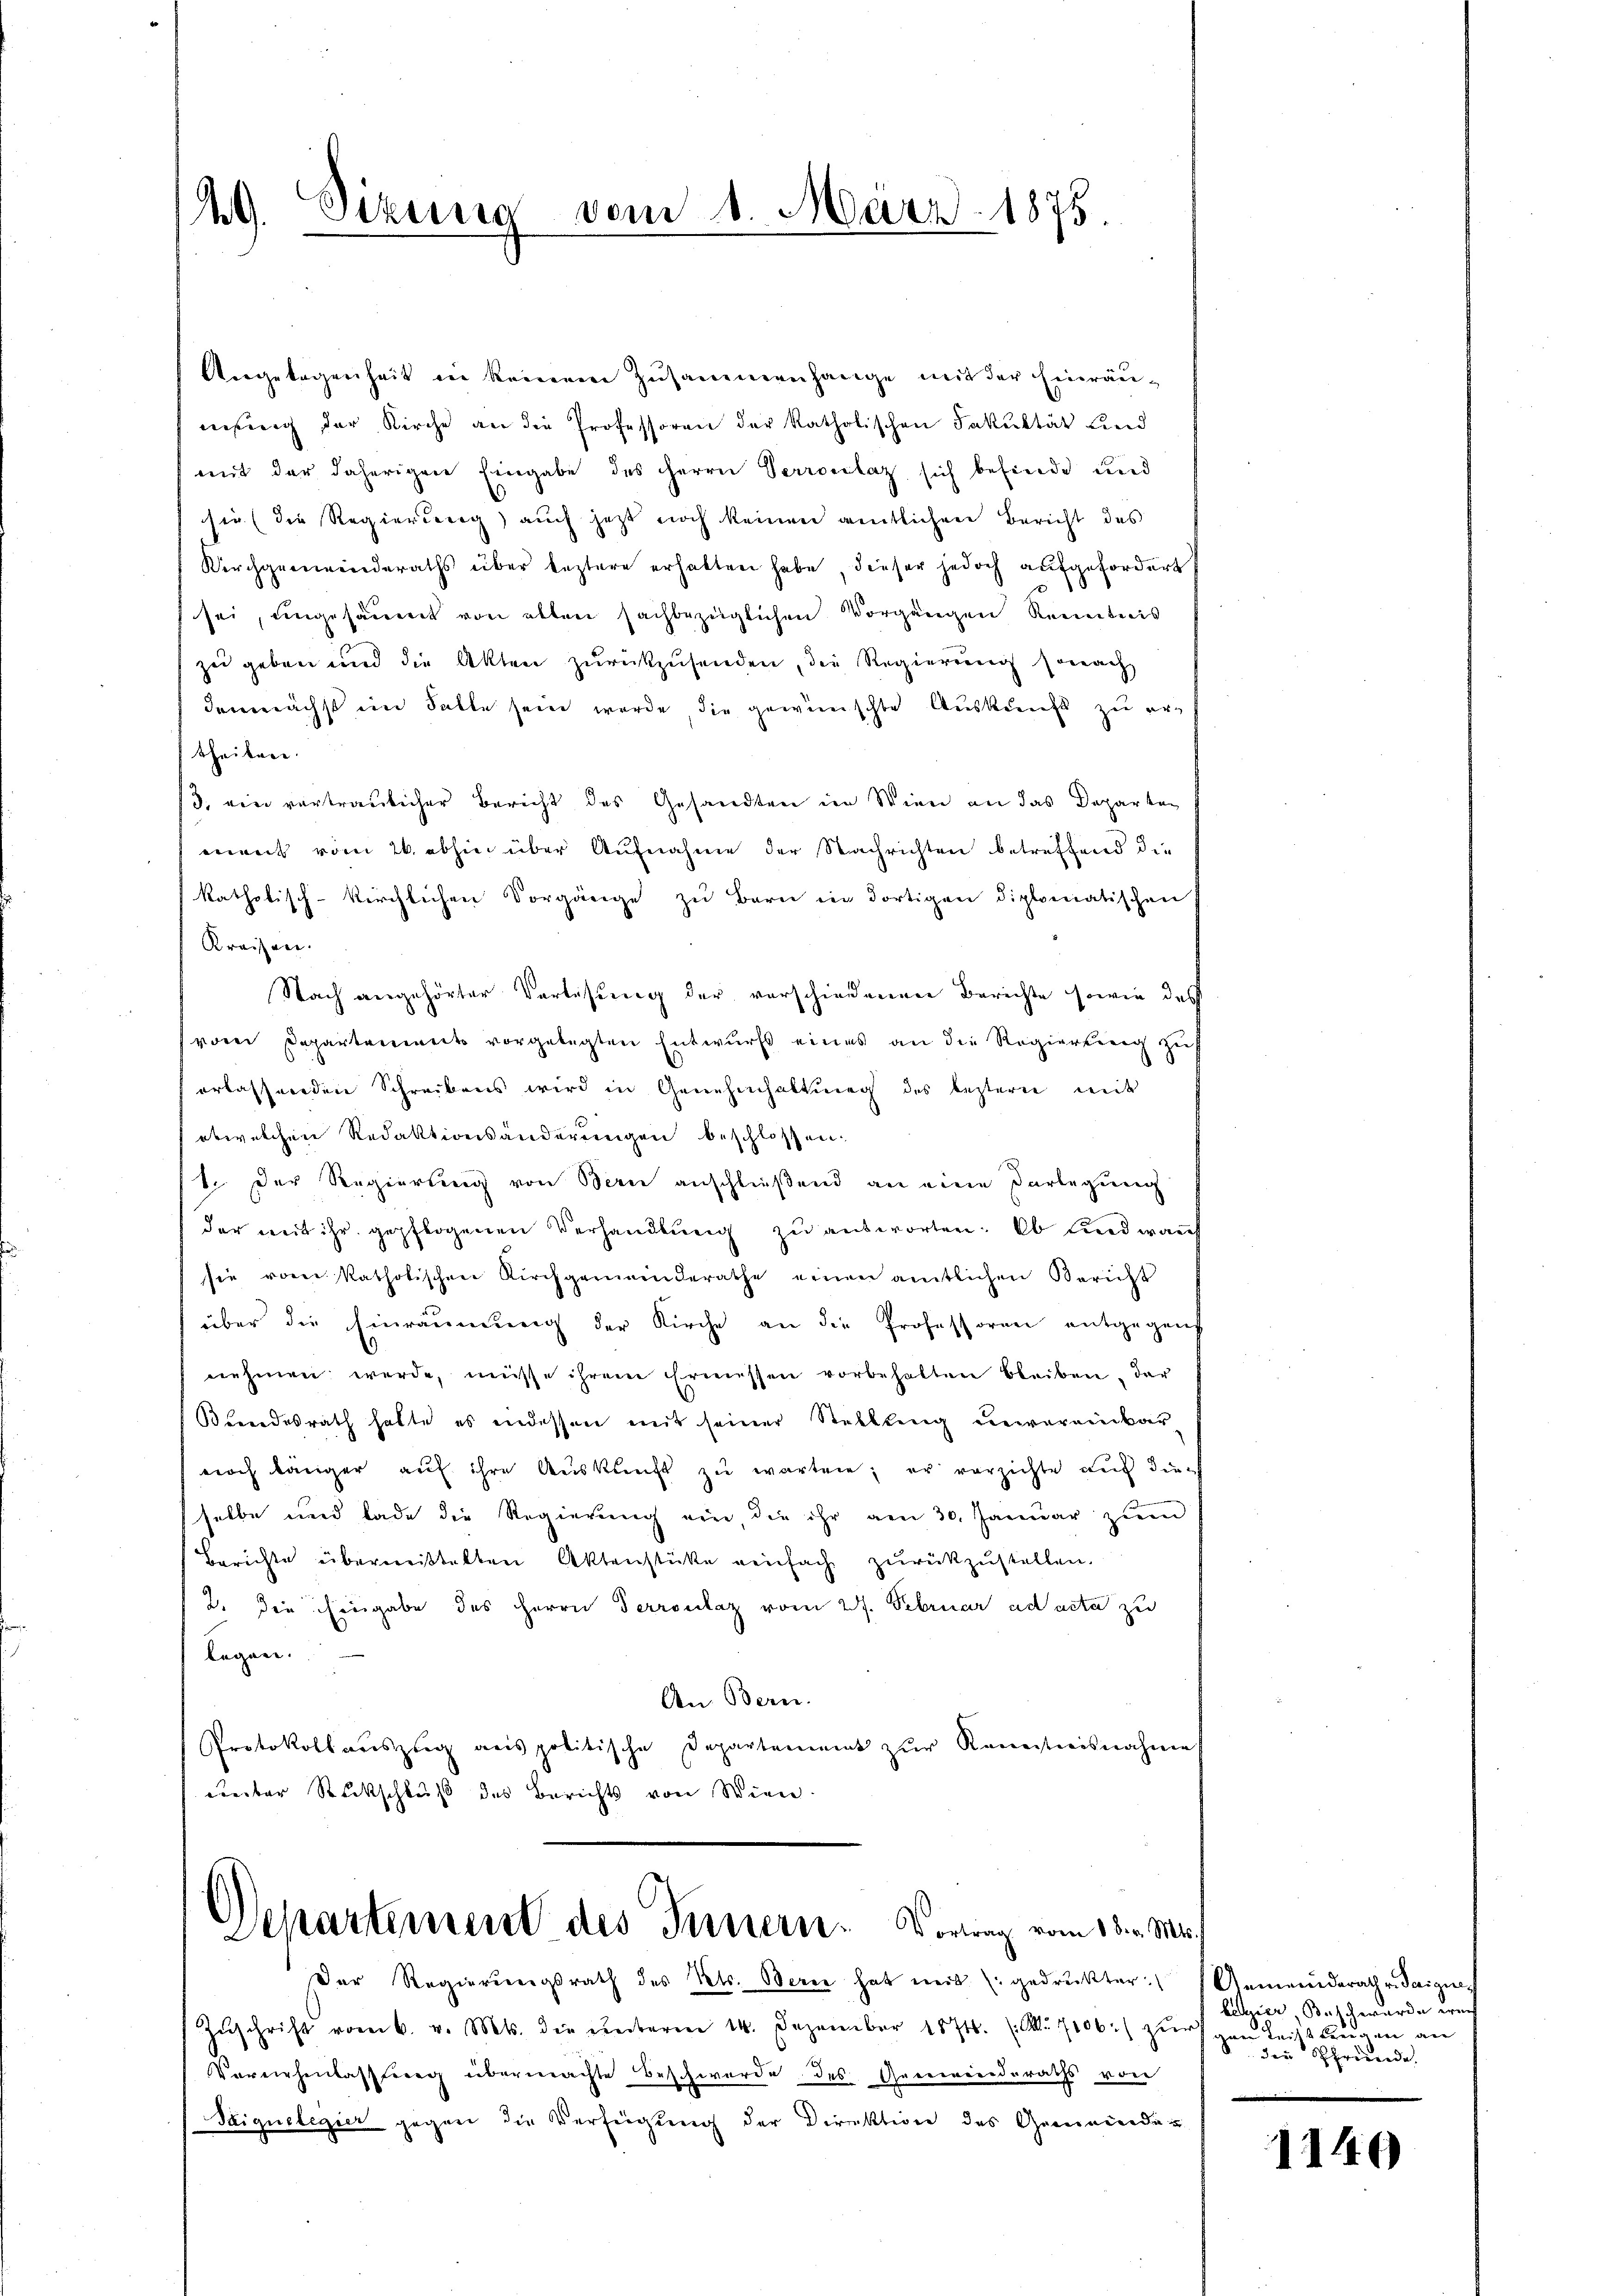
49. Sizung vom 1. März 1875.

Angelegenheit in keinem Zusammenhange mit der Einräŭ-
nisung der Kirche an die Professoren der katholischen Fakultät Led
mit der daherigen Eingabe des HHerrn Perroclaz sich befinde und
sie (die Regierung auch jetzt noch keinen amtlichen Bericht des
Kirchgemeinderaths über leztere erhalten habe, dieser jedoch aufgefordert
sei, ungesäumt von allen sachbezüglichen Vorgängen kenntnis
zu geben und die Akten zurückzusenden, die Regierung sonach
demnächst im Falle sein werde, die gewünschte Auskunft zu er
theilen.
/3. ein vertraulicher Bericht des Gesandten in Wien an das Departen
ment vom 26. abhin über Aufnahme der Nachrichten betreffend die
katholisch-kirchlichen Vorgänge zu Bern in dortigen diplomatischen
Kreisen.
Nach angehörter Verlesung der verschiedenen Berichte sowie das
voren Departenwert vorgelegten Entwurfs eines an die Regierteig zu
erlassenden Schreibens wird in Genehmhaltung des lezterne mit
etwelchen Redaktionsänderungen beschlossen.
1. Der Regierung von Bern anschließend an eine Vorlegung
der mit ihr gepflogenen Verhandlŭng zŭ antworten: Ob und warf
sie vom katholischen Kirchgemeinderathe einen amtlichen Bericht
über die Einräumung der Kirche an die Professoren entgegens
nehmen werde, müsse ihrem Ermessen vorbehalten bleiben, der
Bundesrath hatte es indessen mit seiner Stellung unvereinbar
noch länger auf ihre Auskunft zu warten; er verzichte auf die
selbe und lade die Regierŭng ein die ihr am 30. Januar zŭm
Berichte übermeistalten Aktenstücke einfach zurückzustellen.
2. Die Eingabe des Herrn Perroclaz vom 27. Februar ad acta zu
legen.
An Bern.
Protokoll aŭszŭg anspolitische Departement zŭr Kenntnisnahme
unter Rückschluß des Berichts von Wien.

Departement des Innern. Vortrag vom 18. v. Mi
Der Regierungsrath des Kts. Berne hat weit (gedruckter

Zŭschrift vom 6. v. Mts. die ŭnterm 14. Dezember 1874. (M. 7106) zŭr
Vernehmlassung übermachte Beschwerde des Gemeinderaths von
Saiquelegier gegen die Verfügung der Direktion des Gemeinder

Gemeindsrath v. Seigine
bedier, Beschwerde weich
Leicht berigen an
denen Pfründe.

1140